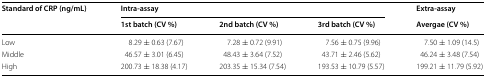
<table><thead><tr><td rowspan="2"><b>Standard of CRP (ng/mL)</b></td><td colspan="3"><b>Intra-assay</b></td><td><b>Extra-assay</b></td></tr><tr><td><b>1st batch (CV %)</b></td><td><b>2nd batch (CV %)</b></td><td><b>3rd batch (CV %)</b></td><td><b>Avergae (CV %)</b></td></tr></thead><tbody><tr><td>Low</td><td>8.29 ± 0.63 (7.67)</td><td>7.28 ± 0.72 (9.91)</td><td>7.56 ± 0.75 (9.96)</td><td>7.50 ± 1.09 (14.5)</td></tr><tr><td>Middle</td><td>46.57 ± 3.01 (6.45)</td><td>48.43 ± 3.64 (7.52)</td><td>43.71 ± 2.46 (5.62)</td><td>46.24 ± 3.48 (7.54)</td></tr><tr><td>High</td><td>200.73 ± 18.38 (4.17)</td><td>203.35 ± 15.34 (7.54)</td><td>193.53 ± 10.79 (5.57)</td><td>199.21 ± 11.79 (5.92)</td></tr></tbody></table>